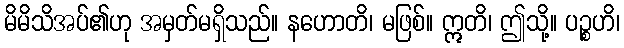
မိမိသိအပ်၏ဟု အမှတ်မရှိသည်။ နဟောတိ၊ မဖြစ်။ ဣတိ၊ ဤသို့။ ပဉ္စဟိ၊